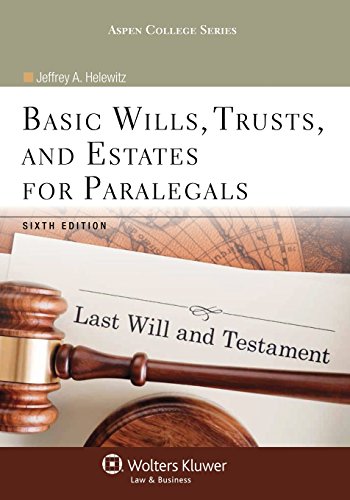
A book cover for Basic Wills Trusts & Estates for Paralegals, Sixth Edition (Aspen College); Jeffrey A. Helewitz; Business & Money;